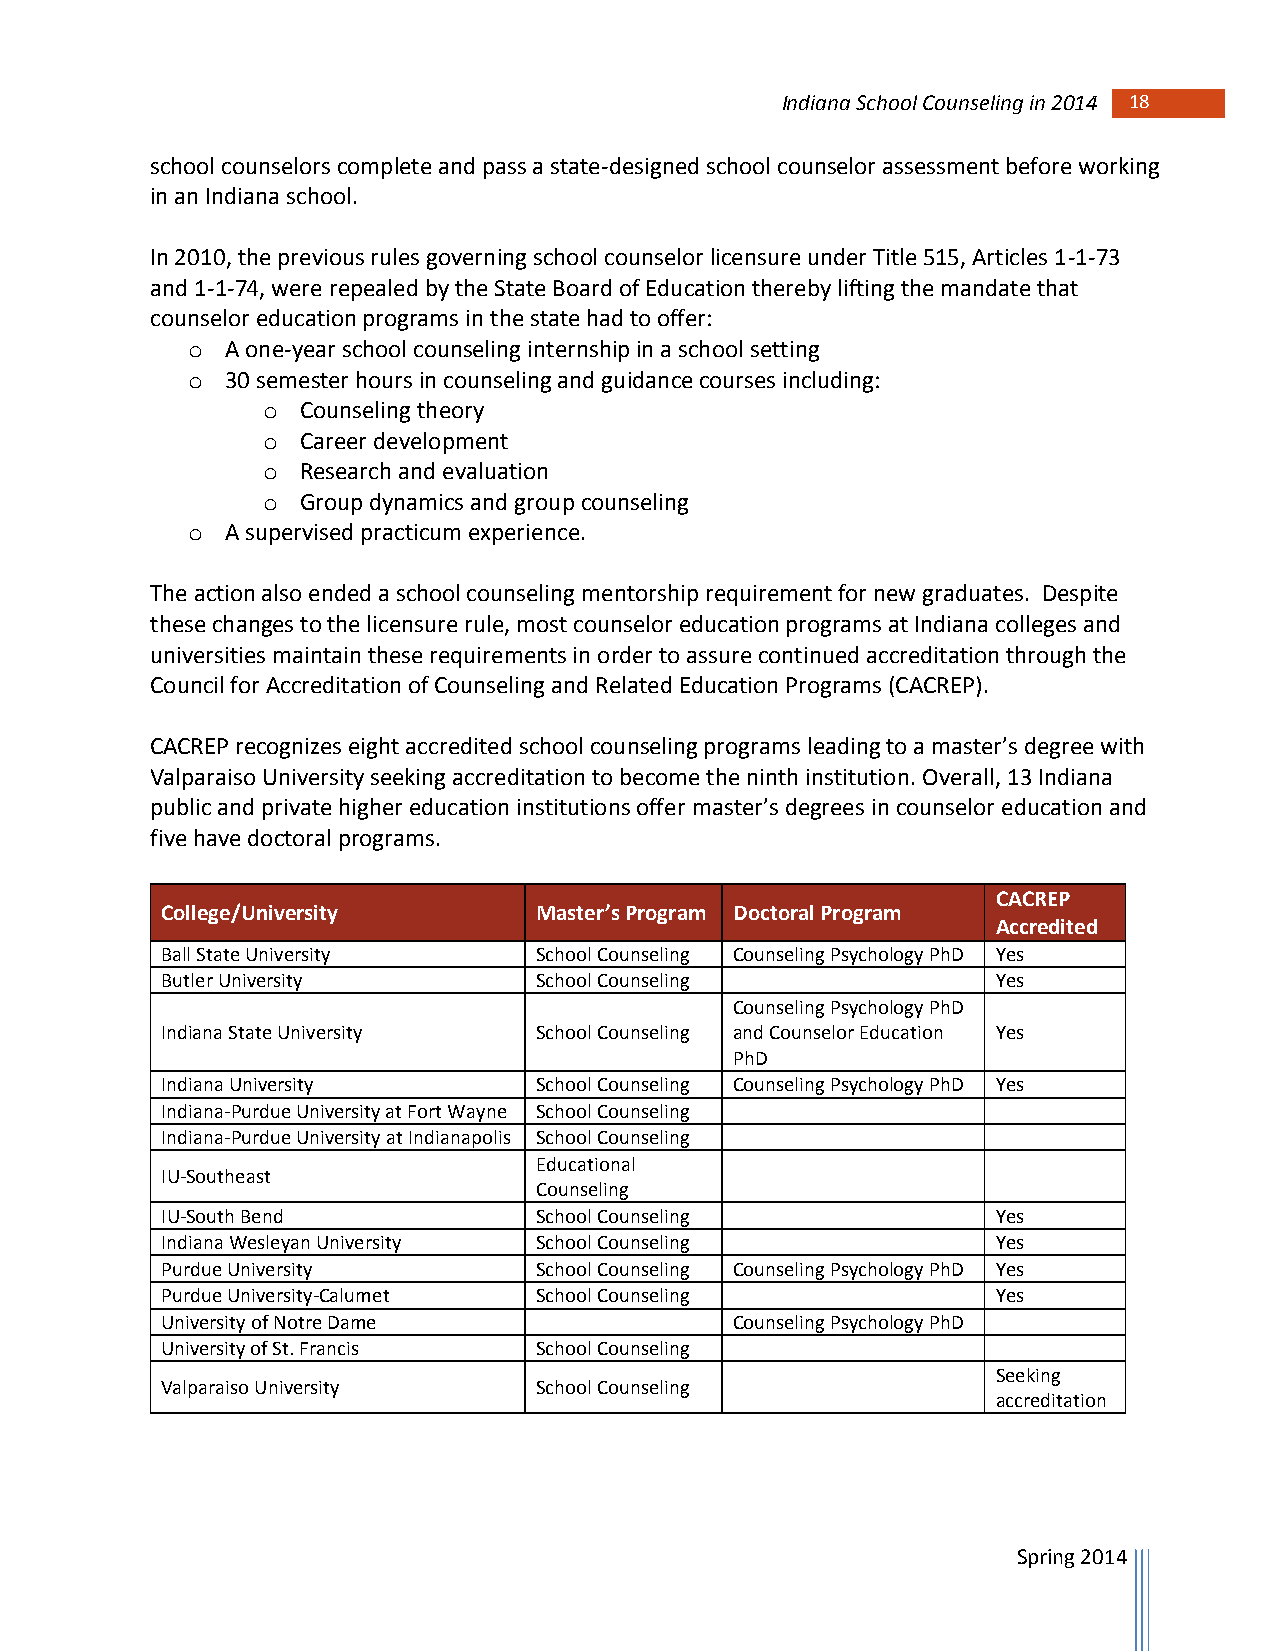
Indiana School Counseling in 2014 18
 school counselors complete and pass a state-designed school counselor assessment before working
 in an Indiana school.
 In 2010, the previous rules governing school counselor licensure under Title 515, Articles 1-1-73
 and 1-1-74, were repealed by the State Board of Education thereby lifting the mandate that
 counselor education programs in the state had to offer:
 o  A one-year school counseling internship in a school setting
 o  30 semester hours in counseling and guidance courses including:
 o  Counseling theory
 o  Career development
 o  Research and evaluation
 o  Group dynamics and group counseling
 o  A supervised practicum experience.
 The action also ended a school counseling mentorship requirement for new graduates. Despite
 these changes to the licensure rule, most counselor education programs at Indiana colleges and
 universities maintain these requirements in order to assure continued accreditation through the
 Council for Accreditation of Counseling and Related Education Programs (CACREP).
 CACREP recognizes eight accredited school counseling programs leading to a master’s degree with
 Valparaiso University seeking accreditation to become the ninth institution. Overall, 13 Indiana
 public and private higher education institutions offer master’s degrees in counselor education and
 five have doctoral programs.
 CACREP
 College/University       Master’s Program Doctoral Program
 Accredited
 Ball State University    School Counseling Counseling Psychology PhD Yes
 Butler University        School Counseling             Yes
 Counseling Psychology PhD
 Indiana State University School Counseling and Counselor Education Yes
 PhD
 Indiana University       School Counseling Counseling Psychology PhD Yes
 Indiana-Purdue University at Fort Wayne School Counseling
 Indiana-Purdue University at Indianapolis School Counseling
 Educational
 IU-Southeast
 Counseling
 IU-South Bend            School Counseling             Yes
 Indiana Wesleyan University School Counseling          Yes
 Purdue University        School Counseling Counseling Psychology PhD Yes
 Purdue University-Calumet School Counseling            Yes
 University of Notre Dame              Counseling Psychology PhD
 University of St. Francis School Counseling
 Seeking
 Valparaiso University    School Counseling
 accreditation
 Spring 2014